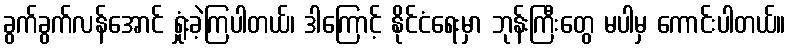
ခွက်ခွက်လန်အောင် ရှုံးခဲ့ကြပါတယ်၊ ဒါကြောင့် နိုင်ငံရေးမှာ ဘုန်းကြီးတွေ မပါမှ ကောင်းပါတယ်။